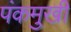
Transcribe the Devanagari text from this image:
पंकमुखी